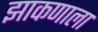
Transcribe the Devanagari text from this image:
झाकणाला